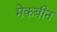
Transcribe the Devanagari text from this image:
मेकबीन